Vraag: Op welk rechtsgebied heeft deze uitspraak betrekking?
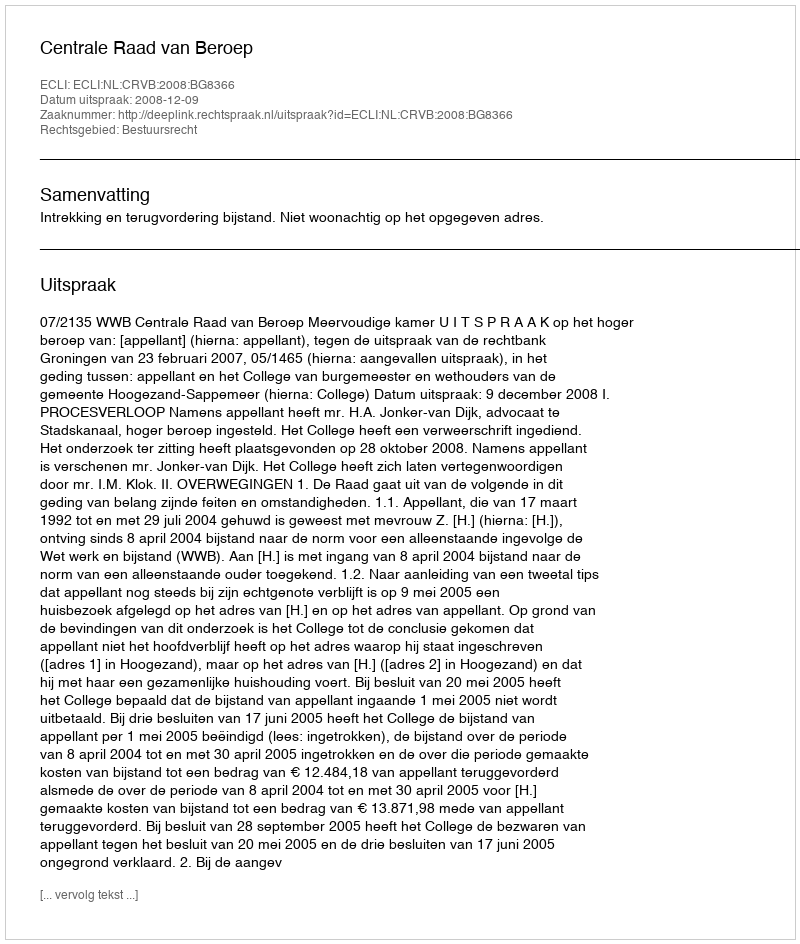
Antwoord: Bestuursrecht